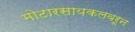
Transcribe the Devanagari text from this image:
मोटारसायकलवरून